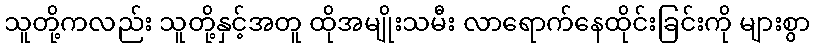
သူတို့ကလည်း သူတို့နှင့်အတူ ထိုအမျိုးသမီး လာရောက်နေထိုင်းခြင်းကို များစွာ